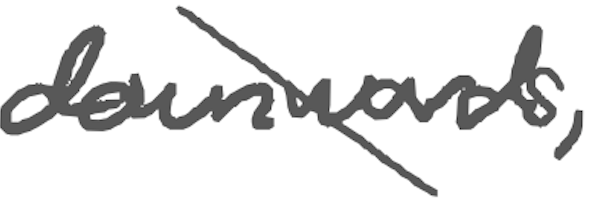
Text: downwards,
Cross-out: mix
Writing tool: digital_gray